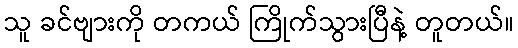
သူ ခင်ဗျားကို တကယ် ကြိုက်သွားပြီနဲ့ တူတယ်။